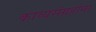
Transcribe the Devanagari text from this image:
काव्यसंग्रहांना